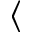
\langle